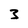
Character: 3